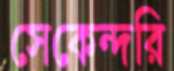
সেকেন্দরি